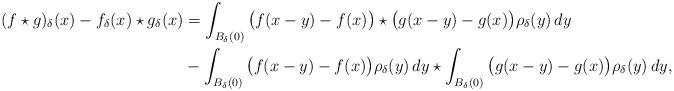
LaTeX: \begin{align*}(f \star g)_\delta(x) -f_\delta(x) \star g_\delta(x)&=\int_{B_\delta(0)} \big(f(x-y)-f(x) \big)\star \big(g(x-y)-g(x) \big) \rho_\delta(y) \, dy \\& - \int_{B_\delta(0)} \big(f(x-y)-f(x) \big)\rho_\delta(y) \, dy\star \int_{B_\delta(0)} \big(g(x-y)-g(x) \big)\rho_\delta(y) \, dy ,\end{align*}